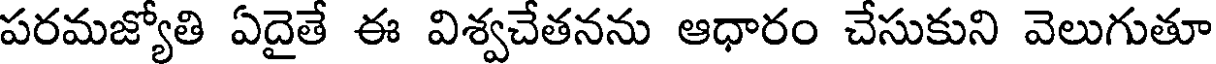
పరమజ్యోతి ఏదైతే ఈ విశ్వచేతనను ఆధారం చేసుకుని వెలుగుతూ